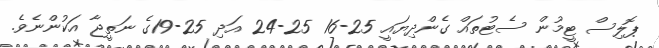
ޕޮލިސް ޓީމުން ސެޓުތައް ގެންދިޔައީ 25-16 25-24 އަދި 25-19ގެ ނަތީޖާ އަކުންނެވެ.